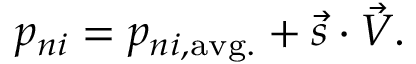
p _ { n i } = p _ { n i , \mathrm { a v g . } } + \vec { s } \cdot \vec { V } .